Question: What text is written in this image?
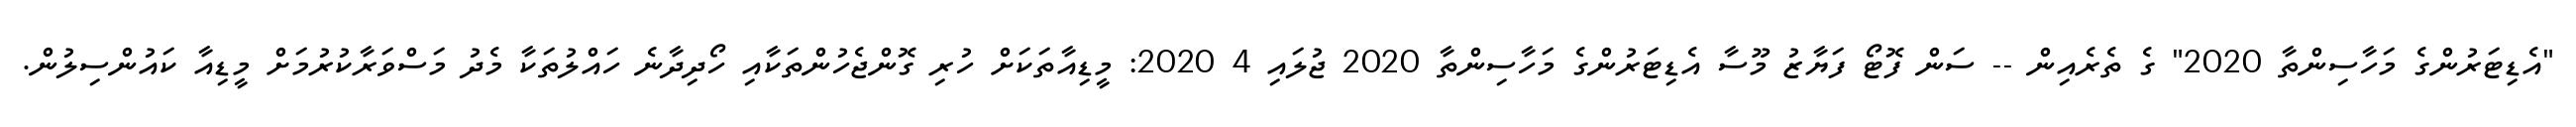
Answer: "އެޑިޓަރުންގެ މަހާސިންތާ 2020" ގެ ތެރެއިން -- ސަން ފޮޓޯ ފަޔާޒު މޫސާ އެޑިޓަރުންގެ މަހާސިންތާ 2020 ޖުލައި 4 2020: މީޑިއާތަކަށް ހުރި ގޮންޖެހުންތަކާއި ހޯދިދާނެ ހައްލުތަކާ މެދު މަސްވަރާކުރުމަށް މީޑިއާ ކައުންސިލުން.